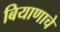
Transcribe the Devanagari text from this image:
बियाणाचे